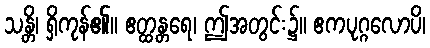
သန္တိ၊ ရှိကုန်၏။ ဧတ္ထန္တရေ၊ ဤအတွင်း၌။ ဧကပုဂ္ဂလောပိ၊